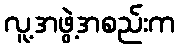
လူ့အဖွဲ့အစည်းက